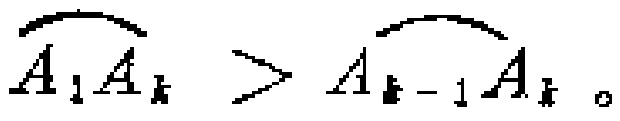
\(\overset{\frown}{A_{1}A_{k}} > \overset{\frown}{A_{k - 1}A_{k}}\)